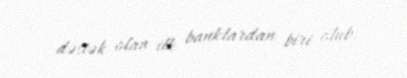
dəstək olan ilk banklardan biri olub.